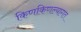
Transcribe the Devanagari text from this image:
किणकिणल्यागत